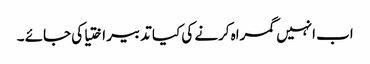
اب انہیں گمراہ کرنے کی کیا تدبیر اختیا کی جائے ۔